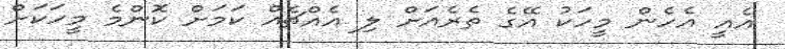
އެއީ އެހެން މީހަކު އޭގެ ތެރެއަށް ލި އެއްޗެއް ކަމަށް ކޮންމެ މީހަކަށް